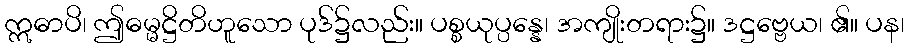
ဣဓာပိ၊ ဤဓမ္မဋ္ဌိတိဟူသော ပုဒ်၌လည်း။ ပစ္စယုပ္ပန္နေ၊ အကျိုးတရား၌။ ဒဋ္ဌဗ္ဗေယ၊ ၏။ ပန၊